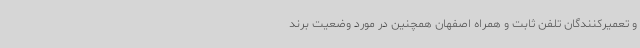
و تعمیرکنندگان تلفن ثابت و همراه اصفهان همچنین در مورد وضعیت برند